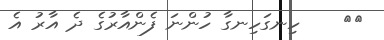
٥٠    ހިނގަހިނގާ ހުންނަ ފެންއާރުގެ ދެ އާރު އެ